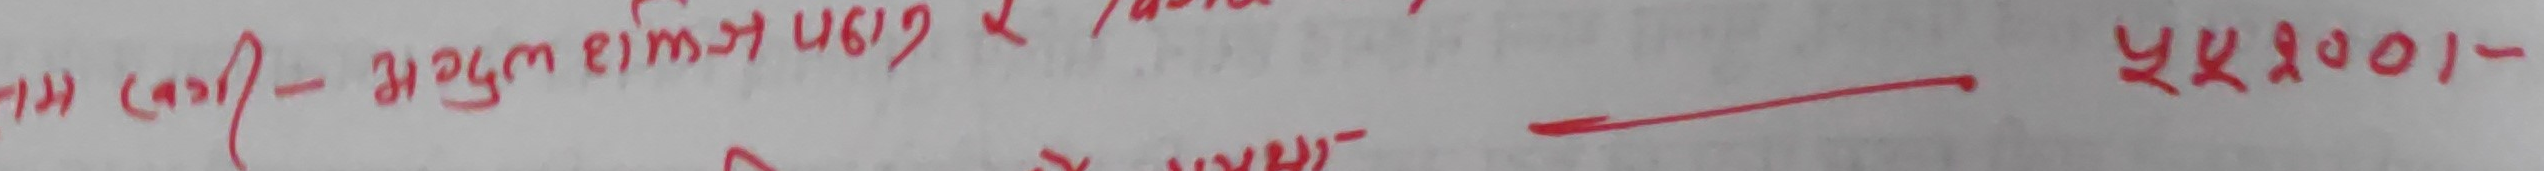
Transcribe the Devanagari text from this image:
(१) (क)-अगुल cms उस प २४,५०१-